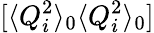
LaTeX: [\langle Q_{i}^{2}\rangle_{0}\langle Q_{i}^{2}\rangle_{0}]